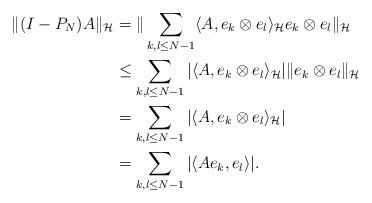
LaTeX: \begin{align*} \|(I-P_N)A\|_{\mathcal H}&=\|\sum_{k,l\leq N-1} \langle A, e_k\otimes e_l\rangle_{\mathcal H} e_k\otimes e_l\|_{\mathcal H} \\ &\leq \sum_{k,l\leq N-1} |\langle A, e_k\otimes e_l\rangle_{\mathcal H}| \|e_k\otimes e_l\|_{\mathcal H}\\ &= \sum_{k,l\leq N-1} |\langle A, e_k\otimes e_l\rangle_{\mathcal H}|\\ &= \sum_{k,l\leq N-1} |\langle A e_k,e_l\rangle|.\end{align*}